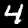
Digit: 4